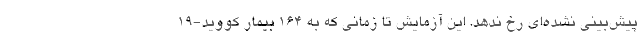
پیش‌بینی نشده‌ای رخ ندهد. این آزمایش تا زمانی که به ۱۶۴ بیمار کووید-۱۹